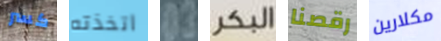
كسر اتخذته 03 البكر رقصنا مكلارين